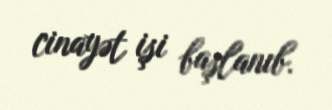
cinayət işi başlanıb.